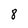
Character: 8